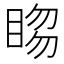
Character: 𥇯